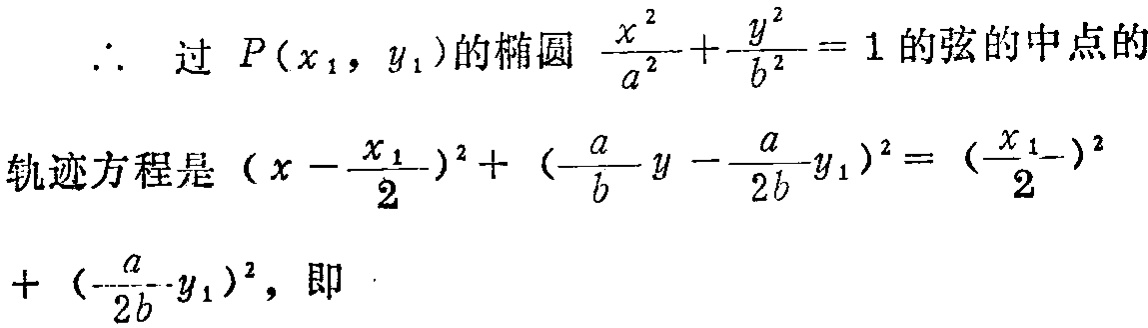
\(\therefore\) 过 \(P(x_1, y_1)\) 的椭圆 \(\frac{x^{2}}{a^{2}}+\frac{y^{2}}{b^{2}} = 1\) 的弦的中点的
轨迹方程是 \((x - \frac{x_1}{2})^2 + (\frac{a}{b}y - \frac{a}{2b}y_1)^2 = (\frac{x_1}{2})^2+ (\frac{a}{2b}y_1)^2\)，即